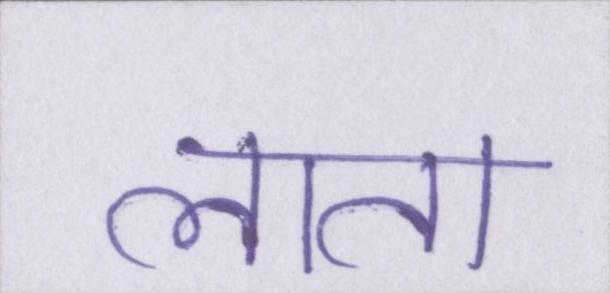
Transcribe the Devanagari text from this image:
लाता